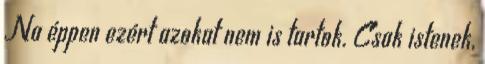
Na éppen ezért azokat nem is tartok. Csak istenek,